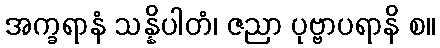
အက္ခရာနံ သန္နိပါတံ၊ ဇညာ ပုဗ္ဗာပရာနိ စ။